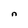
Character: n